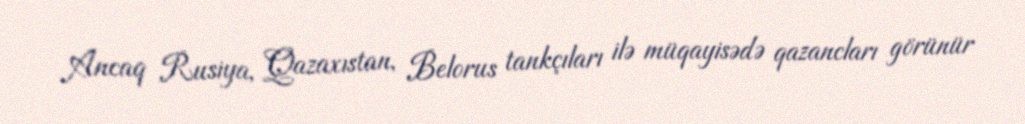
Ancaq Rusiya, Qazaxıstan, Belorus tankçıları ilə müqayisədə qazancları görünür